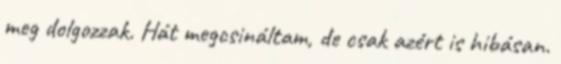
meg dolgozzak. Hát megcsináltam, de csak azért is hibásan.